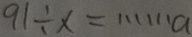
9 1 \div x = \cdots a